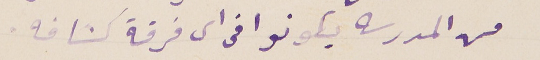
من المدرسه يكونوا فى اى فرقة كشافه.